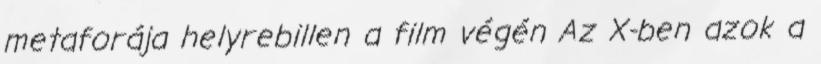
metaforája helyrebillen a film végén Az X-ben azok a